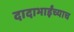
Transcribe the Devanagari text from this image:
दादाभाईंच्याच